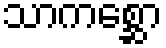
သာကစ္ဆော